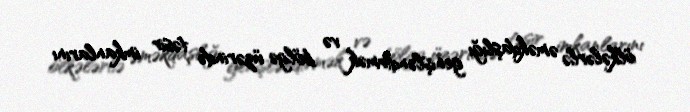
ölkələrlə əməkdaşlığı genişləndirmək və bölgə üzərində təsir imkanlarını